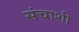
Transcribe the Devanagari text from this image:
संचाशी